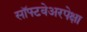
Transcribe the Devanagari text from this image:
सॉफ्टवेअरपेक्षा